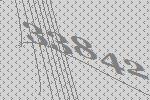
33842